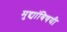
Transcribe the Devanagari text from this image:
मुद्द्यांविषयी